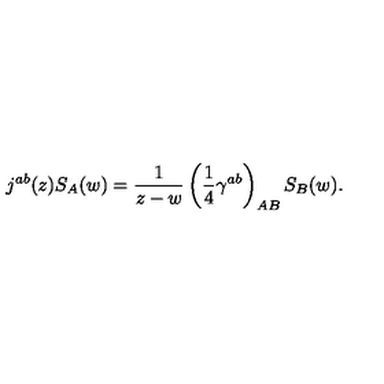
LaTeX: j ^ { a b } ( z ) S _ { A } ( w ) = \frac { 1 } { z - w } \left( \frac { 1 } { 4 } \gamma ^ { a b } \right) _ { A B } S _ { B } ( w ) .